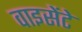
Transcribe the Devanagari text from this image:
वाइसेंटे